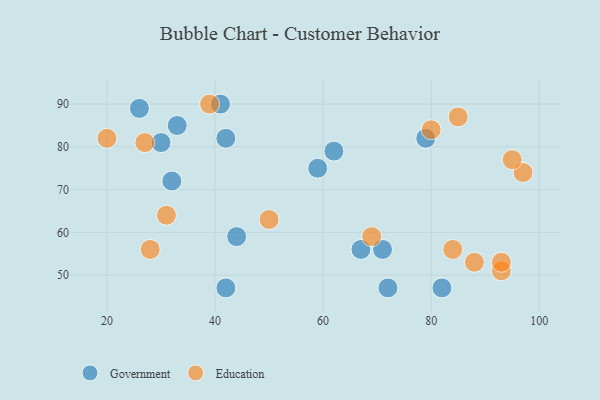
{"axis": {"x": "GDP", "y": "Life Expectancy"}, "legend": ["Education", "Government"], "data": [{"x": "79", "y": 82, "type": "Government"}, {"x": "41", "y": 90, "type": "Government"}, {"x": "33", "y": 85, "type": "Government"}, {"x": "67", "y": 56, "type": "Government"}, {"x": "59", "y": 75, "type": "Government"}, {"x": "62", "y": 79, "type": "Government"}, {"x": "30", "y": 81, "type": "Government"}, {"x": "71", "y": 56, "type": "Government"}, {"x": "42", "y": 82, "type": "Government"}, {"x": "26", "y": 89, "type": "Government"}, {"x": "32", "y": 72, "type": "Government"}, {"x": "42", "y": 47, "type": "Government"}, {"x": "82", "y": 47, "type": "Government"}, {"x": "72", "y": 47, "type": "Government"}, {"x": "44", "y": 59, "type": "Government"}, {"x": "39", "y": 90, "type": "Education"}, {"x": "28", "y": 56, "type": "Education"}, {"x": "20", "y": 82, "type": "Education"}, {"x": "31", "y": 64, "type": "Education"}, {"x": "84", "y": 56, "type": "Education"}, {"x": "69", "y": 59, "type": "Education"}, {"x": "93", "y": 51, "type": "Education"}, {"x": "97", "y": 74, "type": "Education"}, {"x": "80", "y": 84, "type": "Education"}, {"x": "27", "y": 81, "type": "Education"}, {"x": "88", "y": 53, "type": "Education"}, {"x": "95", "y": 77, "type": "Education"}, {"x": "50", "y": 63, "type": "Education"}, {"x": "93", "y": 53, "type": "Education"}, {"x": "85", "y": 87, "type": "Education"}]}